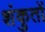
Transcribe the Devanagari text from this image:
शंकुतों